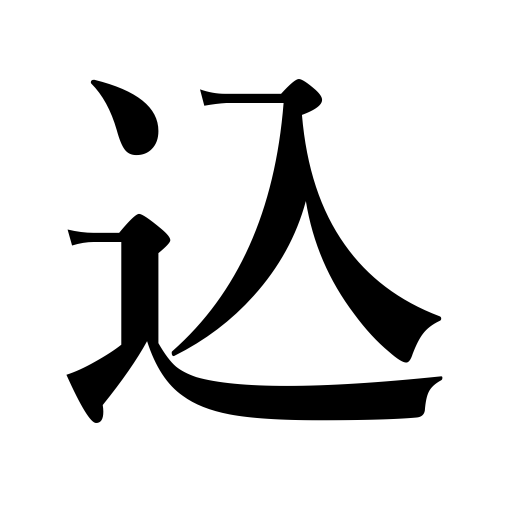
Meanings: include,load a gun,requiring a lot of work,devote oneself to,be crowded,concentrate on